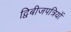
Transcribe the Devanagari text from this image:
द्विबीजपत्रियों